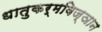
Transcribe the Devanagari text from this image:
धातुकर्मविज्ञान